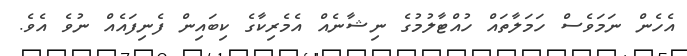
އެހެން ނަމަވެސް ހަމަލާތައް ހުއްޓާލުމުގެ ނިޝާނެއް އެމެރިކާގެ ކިބައިން ފެނިފައެއް ނުވެ އެވެ.